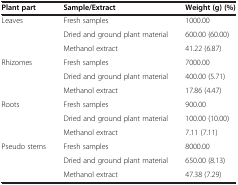
<table><thead><tr><td><b>Plant part</b></td><td><b>Sample/Extract</b></td><td><b>Weight (g) (%)</b></td></tr></thead><tbody><tr><td rowspan="3">Leaves</td><td>Fresh samples</td><td>1000.00</td></tr><tr><td>Dried and ground plant material</td><td>600.00 (60.00)</td></tr><tr><td>Methanol extract</td><td>41.22 (6.87)</td></tr><tr><td rowspan="3">Rhizomes</td><td>Fresh samples</td><td>7000.00</td></tr><tr><td>Dried and ground plant material</td><td>400.00 (5.71)</td></tr><tr><td>Methanol extract</td><td>17.86 (4.47)</td></tr><tr><td rowspan="3">Roots</td><td>Fresh samples</td><td>900.00</td></tr><tr><td>Dried and ground plant material</td><td>100.00 (10.00)</td></tr><tr><td>Methanol extract</td><td>7.11 (7.11)</td></tr><tr><td rowspan="3">Pseudo stems</td><td>Fresh samples</td><td>8000.00</td></tr><tr><td>Dried and ground plant material</td><td>650.00 (8.13)</td></tr><tr><td>Methanol extract</td><td>47.38 (7.29)</td></tr></tbody></table>